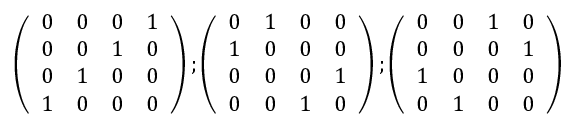
\left( \begin{array} { l l l l } { { 0 } } & { { 0 } } & { { 0 } } & { { 1 } } \\ { { 0 } } & { { 0 } } & { { 1 } } & { { 0 } } \\ { { 0 } } & { { 1 } } & { { 0 } } & { { 0 } } \\ { { 1 } } & { { 0 } } & { { 0 } } & { { 0 } } \end{array} \right) ; \left( \begin{array} { l l l l } { { 0 } } & { { 1 } } & { { 0 } } & { { 0 } } \\ { { 1 } } & { { 0 } } & { { 0 } } & { { 0 } } \\ { { 0 } } & { { 0 } } & { { 0 } } & { { 1 } } \\ { { 0 } } & { { 0 } } & { { 1 } } & { { 0 } } \end{array} \right) ; \left( \begin{array} { l l l l } { { 0 } } & { { 0 } } & { { 1 } } & { { 0 } } \\ { { 0 } } & { { 0 } } & { { 0 } } & { { 1 } } \\ { { 1 } } & { { 0 } } & { { 0 } } & { { 0 } } \\ { { 0 } } & { { 1 } } & { { 0 } } & { { 0 } } \end{array} \right)